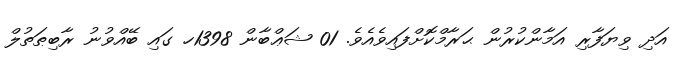
އަދި ވިޔަފާރި އަމާންކުރުން ޙަރާމްކޮށްފައިވެއެވެ. 01 ޝަޢްބާން 1398ހ ގައި ބޭއްވުނު ރާބިޠަތުލް